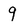
Character: 9